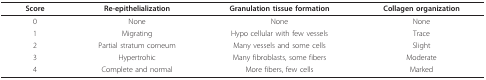
| Score | Re-epithelialization | Granulation tissue formation | Collagen organization |
 | --- | --- | --- | --- |
 | 0 | None | None | None |
 | 1 | Migrating | Hypo cellular with few vessels | Trace |
 | 2 | Partial stratum corneum | Many vessels and some cells | Slight |
 | 3 | Hypertrohic | Many fibroblasts, some fibers | Moderate |
 | 4 | Complete and normal | More fibers, few cells | Marked |